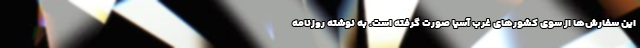
این سفارش‌ها از سوی کشورهای غرب آسیا صورت گرفته‌ است. به نوشته روزنامه